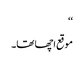
‘‘
موقع اچھا تھا۔